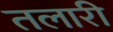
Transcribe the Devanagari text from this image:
तलारी